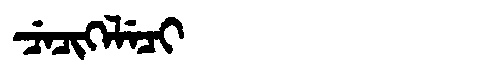
Manchu: ᠴᡝᠴᡳᡴᡝᠯᡝᠴᡳ
Romanization: CECIKELECI